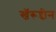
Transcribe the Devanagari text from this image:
खॅरूद्दीन